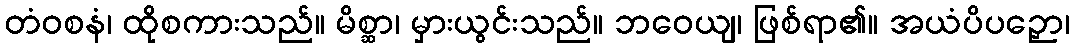
တံဝစနံ၊ ထိုစကားသည်။ မိစ္ဆာ၊ မှားယွင်းသည်။ ဘဝေယျ၊ ဖြစ်ရာ၏။ အယံပိပဉှော၊